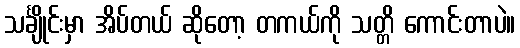
သင်္ချိုင်းမှာ အိပ်တယ် ဆိုတော့ တကယ်ကို သတ္တိ ကောင်းတာပဲ။